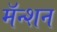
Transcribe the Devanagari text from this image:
मॅन्शन